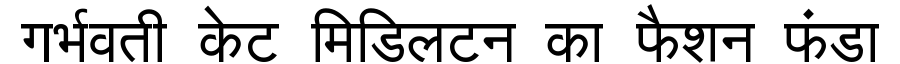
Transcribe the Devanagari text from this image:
गर्भवती केट मिडिलटन का फैशन फंडा